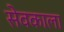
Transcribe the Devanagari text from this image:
सेवकाला